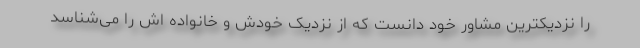
را نزدیکترین مشاور خود دانست که از نزدیک خودش و خانواده اش را می‌شناسد